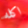
اكله